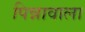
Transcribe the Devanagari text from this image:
पिन्नावाला